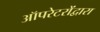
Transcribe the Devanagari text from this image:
ऑपरेटरोंद्वारा